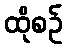
ထိုစဉ်